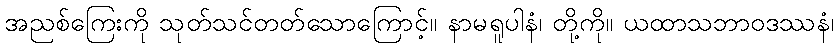
အညစ်ကြေးကို သုတ်သင်တတ်သောကြောင့်။ နာမရူပါနံ၊ တို့ကို။ ယထာသဘာဝဒဿနံ၊